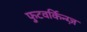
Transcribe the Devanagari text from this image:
फुटवर्किन्ग्ज़